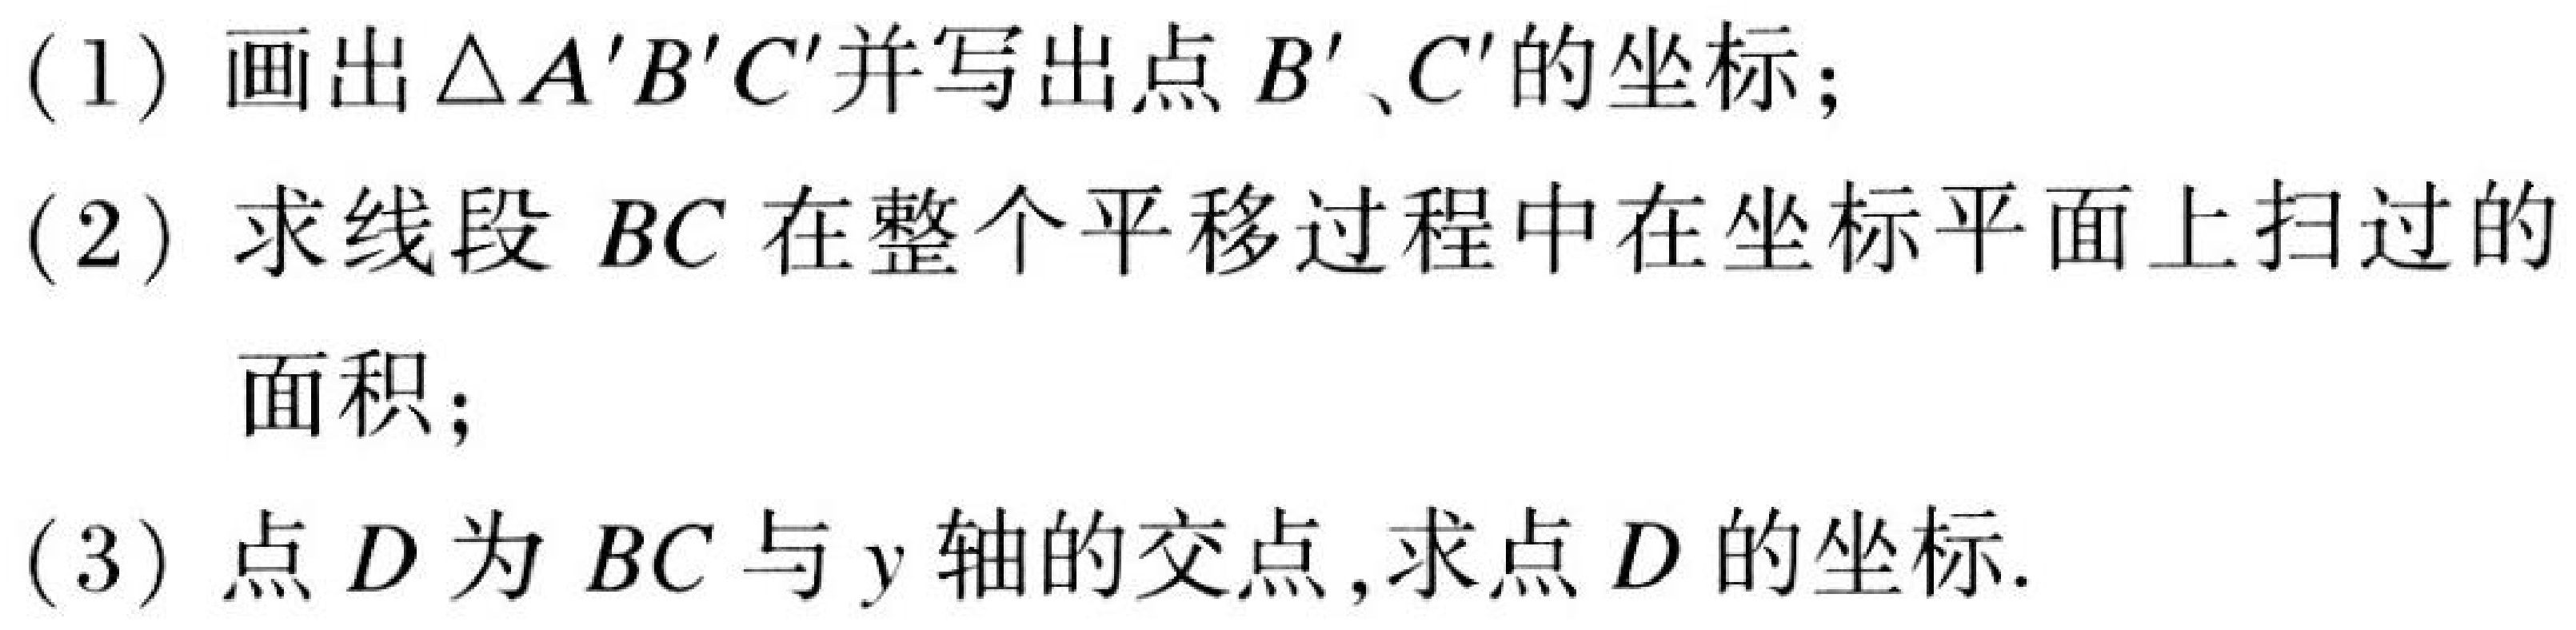
(1) 画出 \(\triangle A'B'C'\)并写出点 \(B'\)、\(C'\)的坐标；
(2) 求线段 \(BC\) 在整个平移过程中在坐标平面上扫过的
面积；
(3) 点 \(D\)为 \(BC\) 与 \(y\) 轴的交点,求点 \(D\) 的坐标.